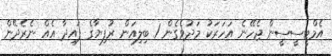
އެމްޓީސީސީން ޖެހޭނެ އަހަރަކު މަދުވެގެން 1 ބިލިއަން ރުފިޔާގެ ފައިދާ އެއް ނެރެދޭން